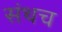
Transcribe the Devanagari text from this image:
संथच